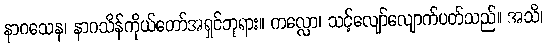
နာဂသေန၊ နာဂသိန်ကိုယ်တော်အရှင်ဘုရား။ ကလ္လော၊ သင့်လျော်လျောက်ပတ်သည်။ အသိ၊